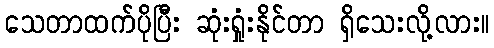
သေတာထက်ပိုပြီး ဆုံးရှုံးနိုင်တာ ရှိသေးလို့လား။